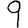
Digit: 9